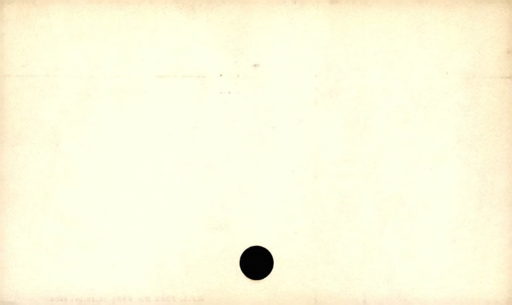
Label: blank